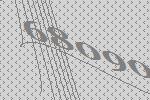
68090